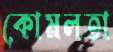
কোমলতা